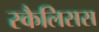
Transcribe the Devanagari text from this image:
स्कैलिसस